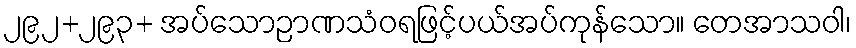
၂၉၂+၂၉၃+ အပ်သောဉာဏသံဝရဖြင့်ပယ်အပ်ကုန်သော။ တေအာသဝါ၊